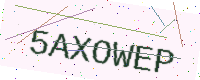
Text: 5AXOWEP